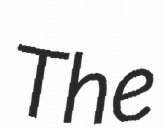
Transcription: The